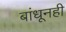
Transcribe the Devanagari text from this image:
बांधूनही